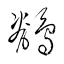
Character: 鶺